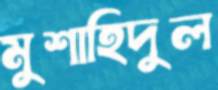
মুশাহিদুল